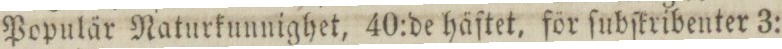
Populär Naturkunnighet, 40:de häftet, för ſubſkribenter 3: